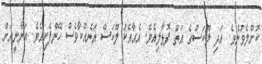
ކޮށްލެވުނެވެ. އަދި ލޫކަސްގެ އަތް ފޮޅާލިއެވެ. އެއާއެކު ލޫކަސް އަނެއްކާވެސް ހޭންފެށިއެވެ. އަނާނީއަށް